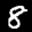
Label: 8